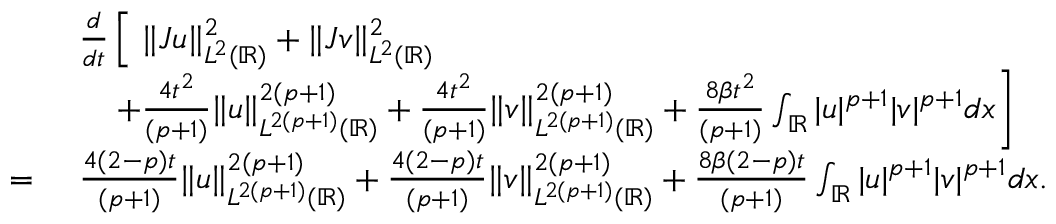
\begin{array} { r l } & { \frac { d } { d t } \left[ \ \| J u \| _ { L ^ { 2 } ( \mathbb { R } ) } ^ { 2 } + \| J v \| _ { L ^ { 2 } ( \mathbb { R } ) } ^ { 2 } \right. } \\ & { \left. \quad + \frac { 4 t ^ { 2 } } { ( p + 1 ) } \| u \| _ { L ^ { 2 ( p + 1 ) } ( \mathbb { R } ) } ^ { 2 ( p + 1 ) } + \frac { 4 t ^ { 2 } } { ( p + 1 ) } \| v \| _ { L ^ { 2 ( p + 1 ) } ( \mathbb { R } ) } ^ { 2 ( p + 1 ) } + \frac { 8 \beta t ^ { 2 } } { ( p + 1 ) } \int _ { \mathbb { R } } | u | ^ { p + 1 } | v | ^ { p + 1 } d x \right] } \\ { = \ } & { \frac { 4 ( 2 - p ) t } { ( p + 1 ) } \| u \| _ { L ^ { 2 ( p + 1 ) } ( \mathbb { R } ) } ^ { 2 ( p + 1 ) } + \frac { 4 ( 2 - p ) t } { ( p + 1 ) } \| v \| _ { L ^ { 2 ( p + 1 ) } ( \mathbb { R } ) } ^ { 2 ( p + 1 ) } + \frac { 8 \beta ( 2 - p ) t } { ( p + 1 ) } \int _ { \mathbb { R } } | u | ^ { p + 1 } | v | ^ { p + 1 } d x . } \end{array}